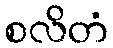
စလိတံ